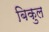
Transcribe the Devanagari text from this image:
बिकुल